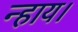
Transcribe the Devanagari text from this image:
न्हाय।